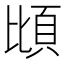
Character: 𫖝